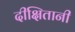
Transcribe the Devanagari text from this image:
दीक्षितानी